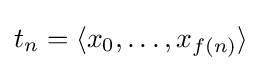
t_{n}=\langle x_{0},\dots ,x_{f(n)}\rangle